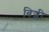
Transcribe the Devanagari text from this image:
बिज्ली